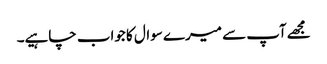
مجھےآپ سے میرے سوال کا جواب چاہیے۔